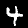
Label: 4